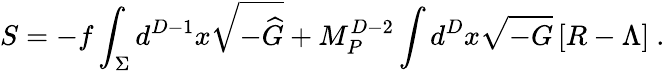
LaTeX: S=-f\int_{\Sigma}d^{D-1}x\sqrt{-{\widehat G}}+M_{P}^{D-2}\int d^{D}x\sqrt{-G}\left[R-\Lambda\right]~.